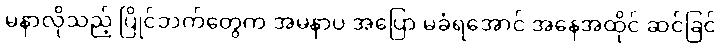
မနာလိုသည့် ပြိုင်ဘက်တွေက အမနာပ အပြော မခံရအောင် အနေအထိုင် ဆင်ခြင်